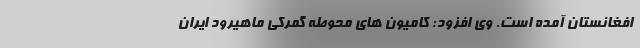
افغانستان آمده است. وی افزود: کامیون های محوطه گمرکی ماهیرود ایران